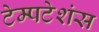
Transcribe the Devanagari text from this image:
टेम्पटेशंस